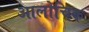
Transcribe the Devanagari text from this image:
आलोचिक